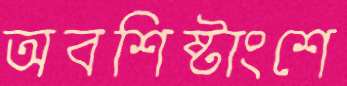
অবশিষ্টাংশে